Annual report on the working of the lock hospitals in the Central Provinces
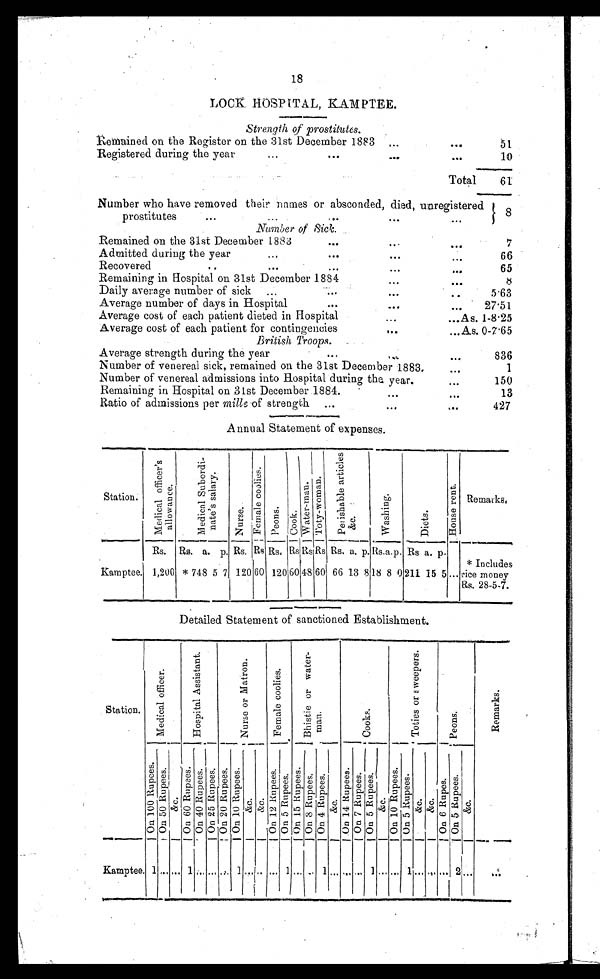
18
LOCK HOSPITAL, KAMPTEE.
Strength of prostitutes.
Remained on the Register on the 31st December 1883 ,.. ...
51
Registered during the year
...
...
...
...
10
Total
61
Number who have removed their names or absconded, died, unregistered
prostitutes
...
... ... ... ... ...
8
N u m b e r
o f S i c k
.
Remained on the 31st December 1883
...
... ...
7
Admitted during the year
...
...
....
...
66
Recovered
..
... ...
... ...
65
Remaining in Hospital on 31st December 1884
... ...
8
Daily average number of sick ...
...
...
..
5.63
Average number of days in Hospital
...
... ...
27.51
Average cost of each patient dieted in Hospital
. . . . . .
A s . 1 - 8 . 2 5
Average cost of each patient for contingencies
... ... As. 0-7.65
British Troops.
Average strength during the year
...
...
...
836
Number of venereal sick, remained on the 31st December 1883
.
...
1
Number of venereal admissions into Hospital during the year.
...
1 5 0
Remaining in Hospital on 31st December 1884.
. . .
. . .
13
Ratio of admissions per mills of strength ...
...
...
427
Annual Statement of expenses.
Station.
M e d i c a l o f f i c e r ' s a l l o w a n c e .
Me d i c a l Su b o r d i n a t e ' s s a l a r y .
N u r s e .
F e m a l e c o o l i e s . P e o n s . C o o k .
W a t e r - m a n . T o t y - w o m a n .
P e r i s h a b l e a r t i c l e s & a m p ; c .
W a s h i n g .
D i e t s .
Ho u s e r e n t .
Remarks,
Rs. Rs. a. p. Rs. Rs Rs. Rs Rs Rs Rs. a. p. R s . a. p . Rs a. p.
Kamptee 1,200 * 748 5 7 120 60 120 60 48 60 66 13 8 18 8 0 211 15 5
... * Includes
rice money
Rs. 28-5-7.
Detailed Statement of sanctioned Establishment.
Station.
M e d i c a l o f f i c e r .
H o s p i t a l A s s i s t a n t .
N u r s e o r M a t r o n . F e m a l e c o o l i e s .
B h i s t i e o r w a t e r - m a n .
C o o k s .
T o t i e s o r w e e p e r s .
p e o n s .
R e m a r k s .
O n 1 0 0 R u p e e s . O n 5 0 R u p e e s .
& a m p ; c .
O n 6 0 R u p e e s . O n 4 0 R u p e e s . O n 2 5 R u p e e s . O n 2 0 R u p e e s . O n 1 0 R u p e e s .
& a m p ; c . & a m p ; c .
O n 1 2 R u p e e s . O n 5 R u p e e s
. O n 1 5 R u p e e s
. O n 8 R u p e e s
. O n 4 R u p e e s
.
& a m p ; c .
O n 1 4 R u p e e s . On 7 Ru p e e s . O n 5 R u p e e s .
&a mp ; c .
O n 1 0 R u p e e s .
O n 5 R u p e e s .
& a m p ; c . & a m p ; c .
O n 6 R u p e e s . O n 5 R u p e e s .
& a m p ; c .
K a m p t e e .
1 . . . . . . 1 . . . . . .
. . .
1 . . . . .
... 1 . . . . . . 1 . . . . . . . . . 1 . . . . . . 1 . . . . . . . . . 2 . . .
. . .